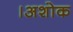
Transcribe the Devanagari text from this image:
।अशोक